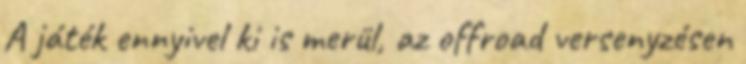
A játék ennyivel ki is merül, az offroad versenyzésen